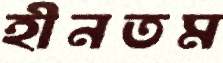
হীনতম